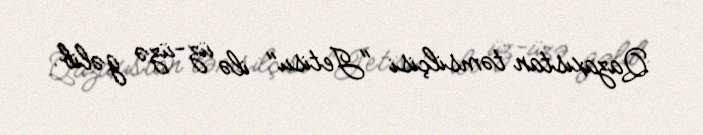
Qazaxıstan təmsilçisi "Jetisu" ilə üz-üzə gəlib.